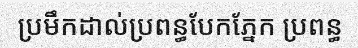
ប្រមឹកដាល់ប្រពន្ធបែកភ្នែក ប្រពន្ធ